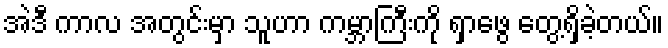
အဲဒီ ကာလ အတွင်းမှာ သူဟာ ကမ္ဘာကြီးကို ရှာဖွေ တွေ့ရှိခဲ့တယ်။